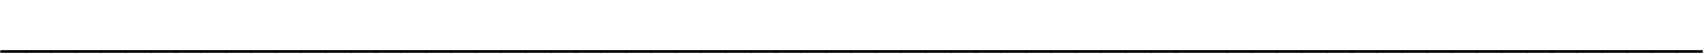
____________________________________________________________________